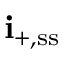
\mathbf { i } _ { + , \ensuremath { \mathrm { s s } } }